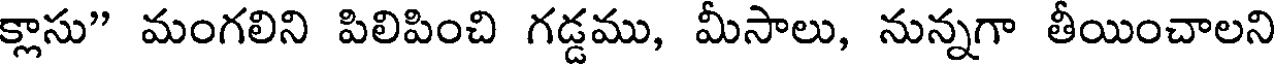
క్లాసు" మంగలిని పిలిపించి గడ్డము, మీసాలు, నున్నగా తీయించాలని